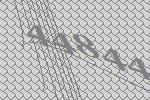
44844